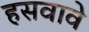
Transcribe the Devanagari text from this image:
हसवावे